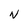
Character: N